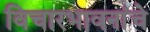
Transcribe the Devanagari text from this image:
विचारभावनांचे